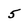
Character: 5